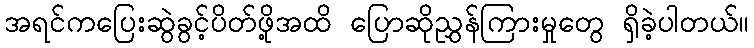
အရင်ကပြေးဆွဲခွင့်ပိတ်ဖို့အထိ ပြောဆိုညွှန်ကြားမှုတွေ ရှိခဲ့ပါတယ်။